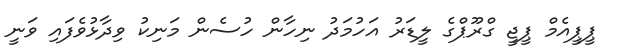
ޕީޕީއެމް ޕީޖީ ގްރޫޕްގެ ލީޑަރު އަހުމަދު ނިހާން ހުސެން މަނިކު ވިދާޅުވެފައި ވަނީ